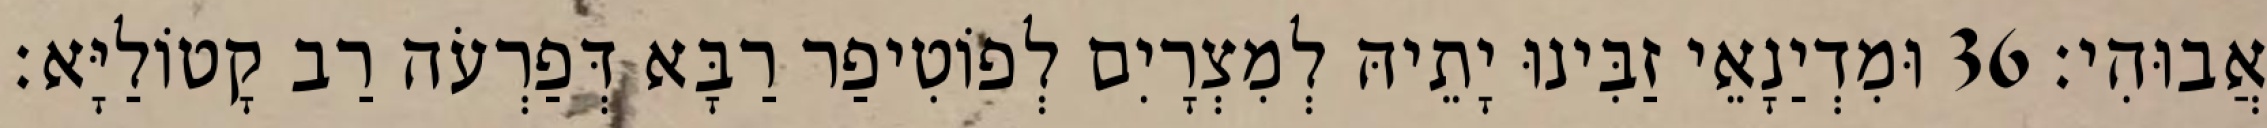
אֲבוּהִי׃ 36 וּמִדְיַנָאֵי זַבִּינוּ יָתֵיהּ לְמִצְרָיִם לְפוֹטִיפַר רַבָּא דְּפַרְעֹה רַב קָטוֹלַיָּא׃